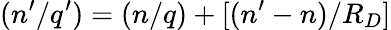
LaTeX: (n^{\prime}/q^{\prime})=(n/q)+[(n^{\prime}-n)/R_{D}]